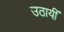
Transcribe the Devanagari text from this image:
उठायीं